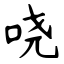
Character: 哓